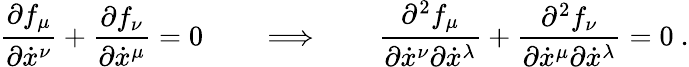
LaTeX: \frac{\partial f_{\mu}}{\partial\dot{x}^{\nu}}+\frac{\partial f_{\nu}}{\partial\dot{x}^{\mu}}=0\qquad\Longrightarrow\qquad\frac{\partial^{2}f_{\mu}}{\partial\dot{x}^{\nu}\partial\dot{x}^{\lambda}}+\frac{\partial^{2}f_{\nu}}{\partial\dot{x}^{\mu}\partial\dot{x}^{\lambda}}=0\ .